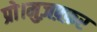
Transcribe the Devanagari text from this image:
प्रो।मुज़फ़्फ़र